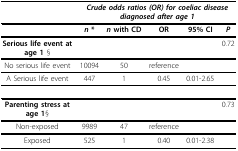
|  | <COLSPAN=5> Crude odds ratios (OR) for coeliac diseasediagnosed after age 1 |
 | --- | --- | --- | --- | --- | --- |
 |  | n * | n with CD | OR | 95% CI | P |
 | Serious life event at age 1 § |  |  |  |  | 0.72 |
 | No serious life event | 10094 | 50 | reference |  |  |
 | A Serious life event | 447 | 1 | 0.45 | 0.01-2.65 |  |
 | Parenting stress at age 1§ |  |  |  |  | 0.73 |
 | Non-exposed | 9989 | 47 | reference |  |  |
 | Exposed | 525 | 1 | 0.40 | 0.01-2.38 |  |